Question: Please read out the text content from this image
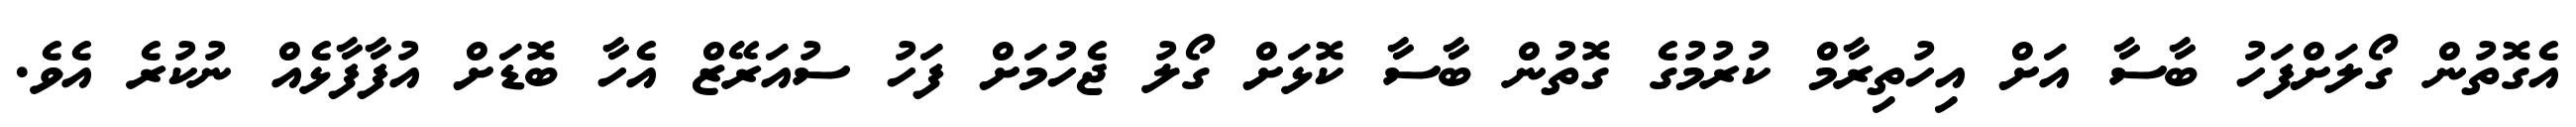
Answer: އެގޮތުން ގޯލަށްފަހު ބާސާ އަށް އިހުތިރާމް ކުރުމުގެ ގޮތުން ބާސާ ކޮޅަށް ގޯލު ޖެހުމަށް ފަހު ސުއަރޭޒް އެހާ ބޮޑަށް އުފާފާޅެއް ނުކުރެ އެވެ.